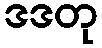
ဒဒတု